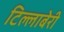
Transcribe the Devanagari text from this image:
टिल्लाबेरी